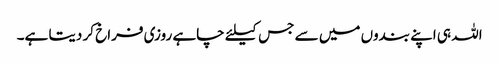
اللہ ہی اپنے بندوں میں سے جس کیلئے چاہے روزی فراخ کر دیتا ہے۔